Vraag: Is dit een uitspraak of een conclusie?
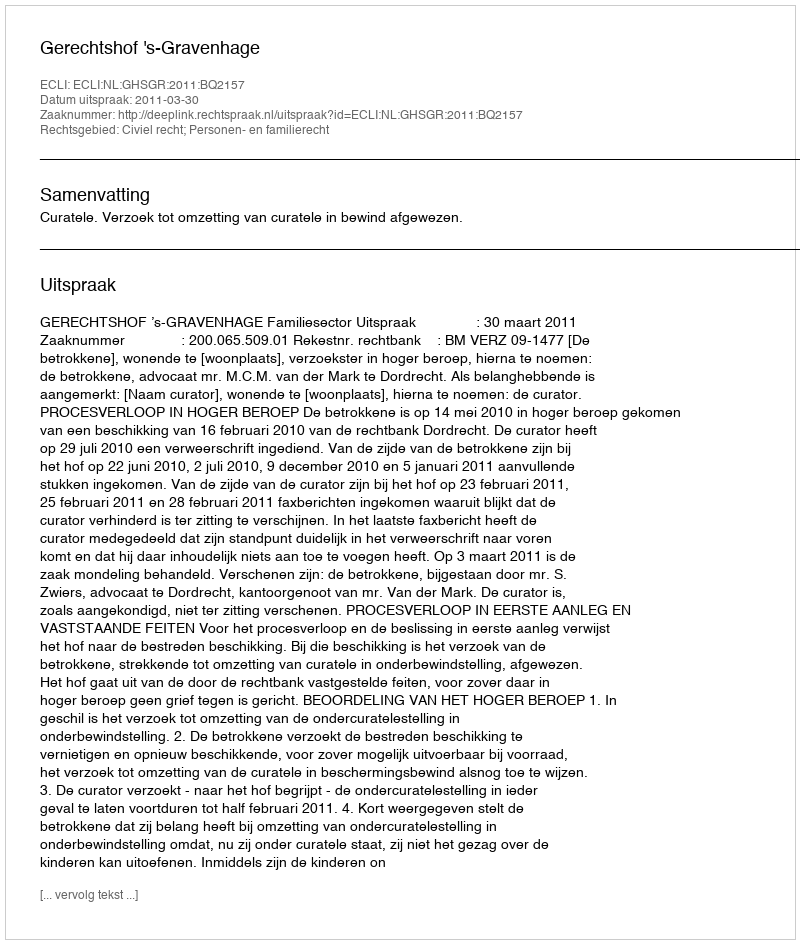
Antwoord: Uitspraak